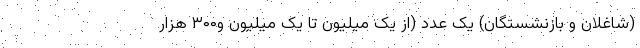
(شاغلان و بازنشستگان) یک عدد (از یک میلیون تا یک میلیون و۳۰۰ هزار